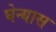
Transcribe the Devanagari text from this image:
घेन्यास